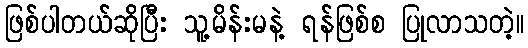
ဖြစ်ပါတယ်ဆိုပြီး သူ့မိန်းမနဲ့ ရန်ဖြစ်စ ပြုလာသတဲ့။